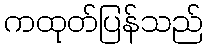
ကထုတ်ပြန်သည်